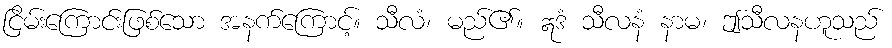
ငြိမ်းကြောင်းဖြစ်သော အနက်ကြောင့်။ သီလံ၊ မည်၏။ ဣဒံ သီလနံ နာမ၊ ဤသီလနဟူသည်